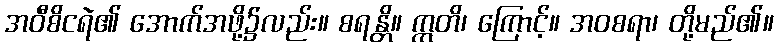
အဝီစိငရဲ၏ အောက်အဖို့၌လည်း။ စရန္တိ။ ဣတိ၊ ကြောင့်။ အဝစရာ၊ တို့မည်၏။